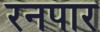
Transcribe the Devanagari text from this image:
रनपार